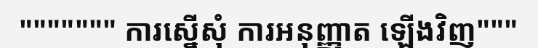
""""""" ការស្នើសុំ ការអនុញ្ញាត ឡើងវិញ"""